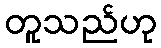
တူသည်ဟု